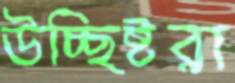
উচ্ছিষ্টরা